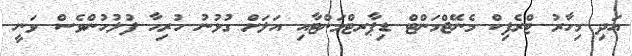
އަދި މިހާރު ޓްރެފިކް މެނޭޖްމަންޓް ޑިޕާރޓްމަންޓާއި އަލަށް ގުޅުނު ހުރިހާ ފުލުހުންވެސް ވަނީ